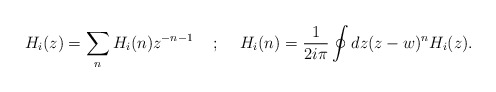
\begin{align*}H_{i}(z) = \sum_{n}H_{i}(n)z^{-n-1}\hspace{5mm} ; \hspace{5mm}H_{i}(n) =\frac{1}{2i\pi}\oint{dz(z - w)^{n}H_{i}(z)} .\end{align*}